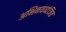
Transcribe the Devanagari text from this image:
अभिनयव्यंजित